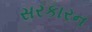
સરકારન